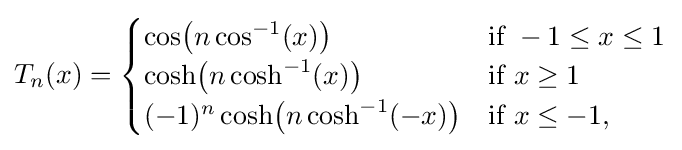
T_{n}(x)={\begin{cases}\cos \!{\big (}n\cos ^{-1}(x){\big )}&{\text{if }}-1\leq x\leq 1\\\cosh \!{\big (}n\cosh ^{-1}(x){\big )}&{\text{if }}x\geq 1\\(-1)^{n}\cosh \!{\big (}n\cosh ^{-1}(-x){\big )}&{\text{if }}x\leq -1,\end{cases}}